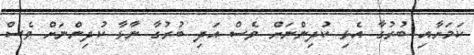
ކަމަށާއި ބުރުގާ އެޅި ކުދިންނަށް ވެސް އަދި ބުރުގާ ނާޅާ ކުދިންނަށް ވެސް